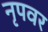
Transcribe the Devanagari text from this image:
नृपवर